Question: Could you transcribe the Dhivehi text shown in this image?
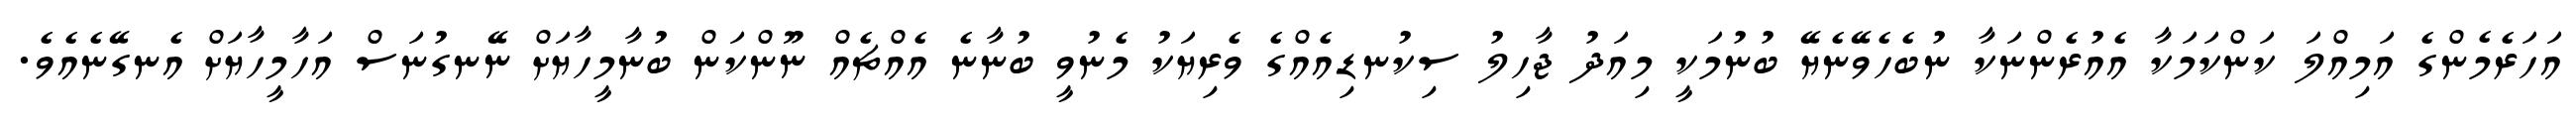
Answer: އަހަރެމެންގެ އަމިއްލަ ކަންކަމަކާ އެއުރެންނަކާ ނުބެހެވޭނެޔޭ ބުނުމަކީ މިއަދު ޖާހިލު ސިކުނޑިއެއްގެ ވެރިޔަކު މެނުވީ ބުނާނެ އެއްޗެއް ނޫންކަން ބުނާމީހާޔަށް ނޭނގުނަސް އަހާމީހާޔަށް އެނގޭނެއެވެ.